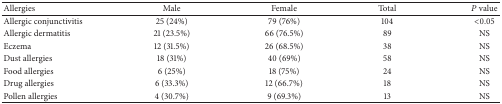
<table><thead><tr><td><b>Allergies</b></td><td><b>Male</b></td><td><b>Female</b></td><td><b>Total</b></td><td><b><i>P</i> value</b></td></tr></thead><tbody><tr><td>Allergic conjunctivitis</td><td>25 (24%)</td><td>79 (76%)</td><td>104</td><td>&lt;0.05</td></tr><tr><td>Allergic dermatitis</td><td>21 (23.5%)</td><td>66 (76.5%)</td><td>89</td><td>NS</td></tr><tr><td>Eczema</td><td>12 (31.5%)</td><td>26 (68.5%)</td><td>38</td><td>NS</td></tr><tr><td>Dust allergies</td><td>18 (31%)</td><td>40 (69%)</td><td>58</td><td>NS</td></tr><tr><td>Food allergies</td><td>6 (25%)</td><td>18 (75%)</td><td>24</td><td>NS</td></tr><tr><td>Drug allergies</td><td>6 (33.3%)</td><td>12 (66.7%)</td><td>18</td><td>NS</td></tr><tr><td>Pollen allergies</td><td>4 (30.7%)</td><td>9 (69.3%)</td><td>13</td><td>NS</td></tr></tbody></table>